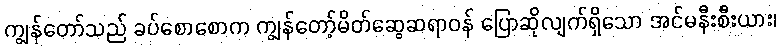
ကျွန်တော်သည် ခပ်စောစောက ကျွန်တော့်မိတ်ဆွေဆရာဝန် ပြောဆိုလျက်ရှိသော အင်မနီးစီးယား၊